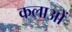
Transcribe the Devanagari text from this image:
कलाओें